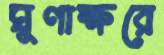
ঘুণাক্ষরে